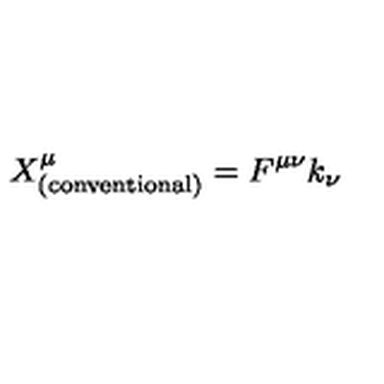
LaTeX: X _ { \mathrm { ( c o n v e n t i o n a l ) } } ^ { \mu } = F ^ { \mu \nu } k _ { \nu }